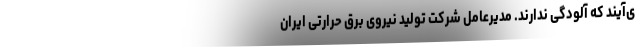
ی‌آیند که آلودگی ندارند. مدیرعامل شرکت تولید نیروی برق حرارتی ایران